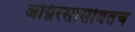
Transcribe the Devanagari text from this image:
अग्निरसासोबतच